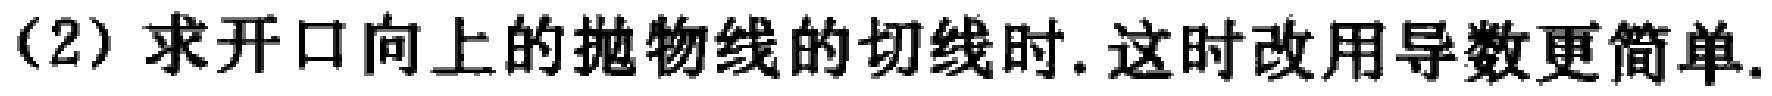
（2）求开口向上的抛物线的切线时. 这时改用导数更简单.